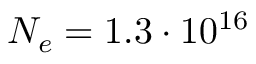
N _ { e } = 1 . 3 \cdot 1 0 ^ { 1 6 }